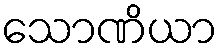
သောဏိယာ